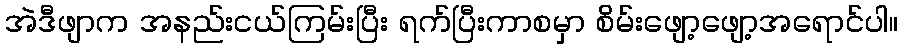
အဲဒီဖျာက အနည်းငယ်ကြမ်းပြီး ရက်ပြီးကာစမှာ စိမ်းဖျော့ဖျော့အရောင်ပါ။